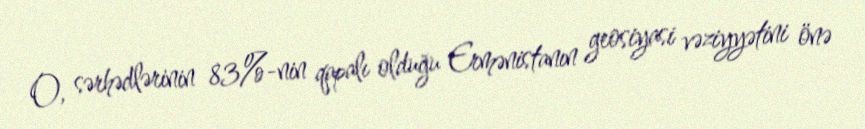
O, sərhədlərinin 83%-nin qapalı olduğu Ermənistanın geosiyasi vəziyyətini önə